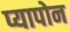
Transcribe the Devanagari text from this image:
प्यापोन